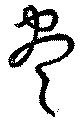
尽